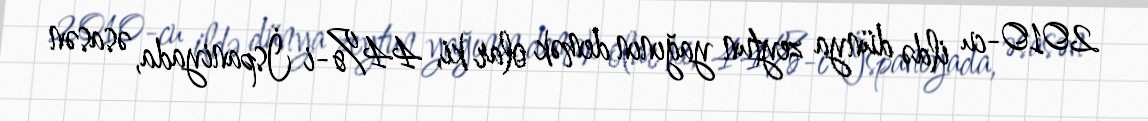
2010-cu ildə dünya zeytun yağının demək olar ki, 44%-i İspaniyada, əsasən